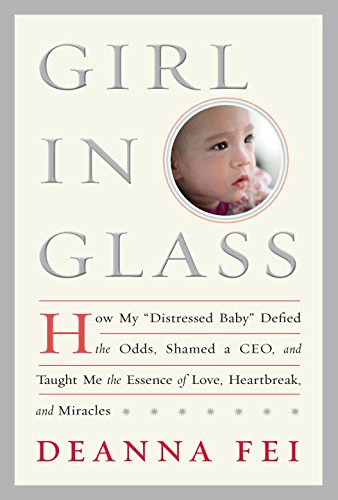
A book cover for Girl in Glass: How My "Distressed Baby" Defied the Odds, Shamed a CEO, and Taught Me the Essence of Love, Heartbreak, and Miracles; Deanna Fei; Parenting & Relationships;